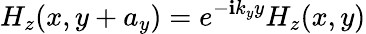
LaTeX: H_{z}(x,y+a_{y})=e^{-\mathbf{i}k_{y}y}H_{z}(x,y)